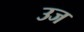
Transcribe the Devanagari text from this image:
उज